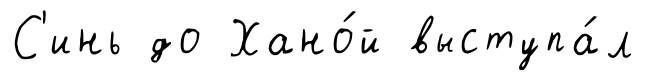
С'инь до Хано́й выступа́л